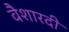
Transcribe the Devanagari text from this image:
वैशारदी